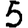
Digit: 5